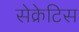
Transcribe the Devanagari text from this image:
सेक्रेटिस